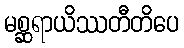
မစ္ဆရာယိဿတီတိပေ